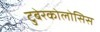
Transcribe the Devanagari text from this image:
टुबेरकोलोसिस